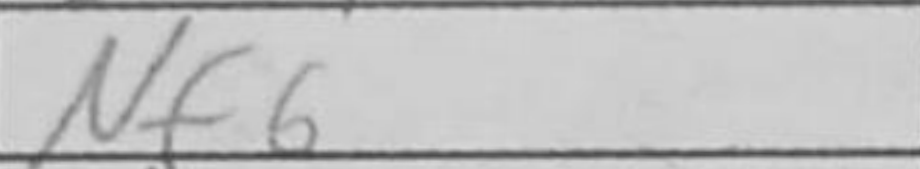
Transcription: Nf6